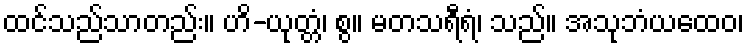
ထင်သည်သာတည်း။ ဟိ-ယုတ္တံ၊ စွ။ မတသရီရံ၊ သည်။ အသုဘံယထေဝ၊